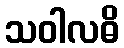
သဝါလဓိ